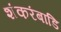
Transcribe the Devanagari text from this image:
शंकरंबाडि